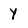
Character: y